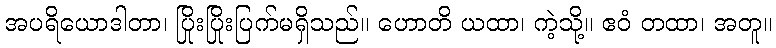
အပရိယောဒါတာ၊ ပြိုးပြိုးပြက်မရှိသည်။ ဟောတိ ယထာ၊ ကဲ့သို့။ ဧဝံ တထာ၊ အတူ။